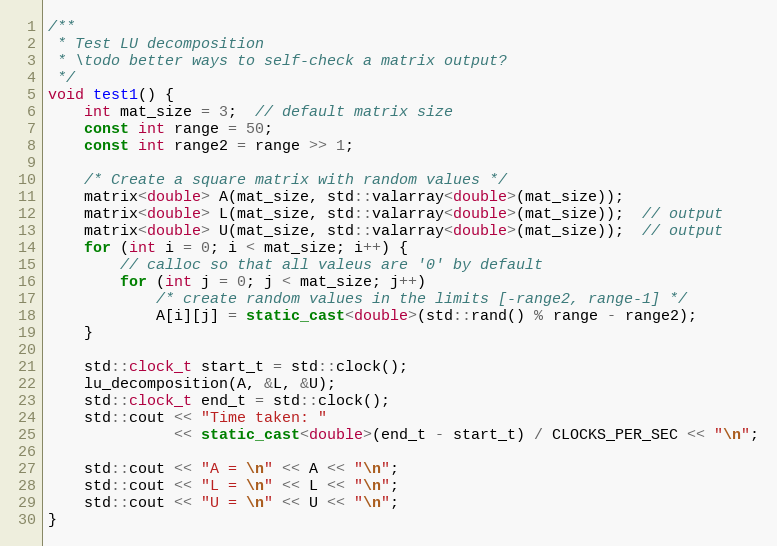
Language: C++
/**
 * Test LU decomposition
 * \todo better ways to self-check a matrix output?
 */
void test1() {
    int mat_size = 3;  // default matrix size
    const int range = 50;
    const int range2 = range >> 1;

    /* Create a square matrix with random values */
    matrix<double> A(mat_size, std::valarray<double>(mat_size));
    matrix<double> L(mat_size, std::valarray<double>(mat_size));  // output
    matrix<double> U(mat_size, std::valarray<double>(mat_size));  // output
    for (int i = 0; i < mat_size; i++) {
        // calloc so that all valeus are '0' by default
        for (int j = 0; j < mat_size; j++)
            /* create random values in the limits [-range2, range-1] */
            A[i][j] = static_cast<double>(std::rand() % range - range2);
    }

    std::clock_t start_t = std::clock();
    lu_decomposition(A, &L, &U);
    std::clock_t end_t = std::clock();
    std::cout << "Time taken: "
              << static_cast<double>(end_t - start_t) / CLOCKS_PER_SEC << "\n";

    std::cout << "A = \n" << A << "\n";
    std::cout << "L = \n" << L << "\n";
    std::cout << "U = \n" << U << "\n";
}